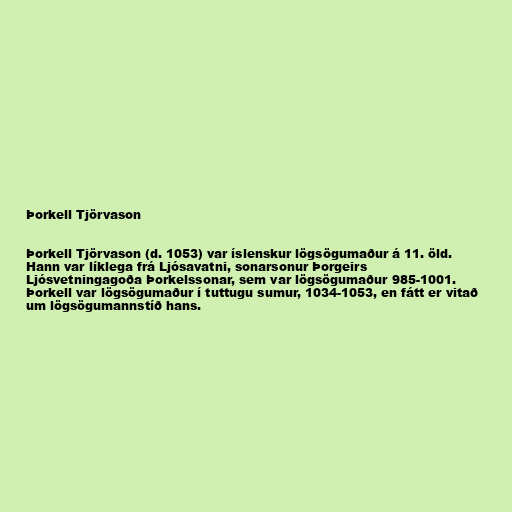
Þorkell Tjörvason

Þorkell Tjörvason (d. 1053) var íslenskur lögsögumaður á 11. öld.
Hann var líklega frá Ljósavatni, sonarsonur Þorgeirs
Ljósvetningagoða Þorkelssonar, sem var lögsögumaður 985-1001.
Þorkell var lögsögumaður í tuttugu sumur, 1034-1053, en fátt er vitað
um lögsögumannstíð hans.